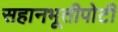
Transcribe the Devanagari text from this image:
सहानभूतीपोटी